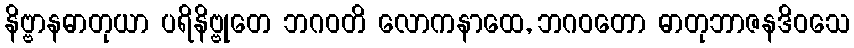
နိဗ္ဗာနဓာတုယာ ပရိနိဗ္ဗုတေ ဘဂဝတိ လောကနာထေ, ဘဂဝတော ဓာတုဘာဇနဒိဝသေ